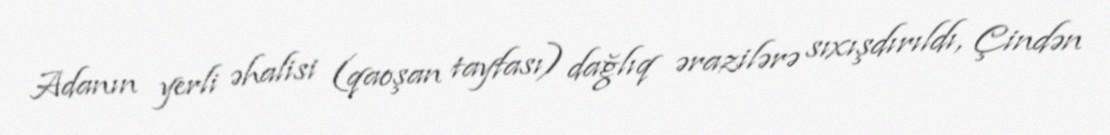
Adanın yerli əhalisi (qaoşan tayfası) dağlıq ərazilərə sıxışdırıldı, Çindən